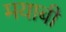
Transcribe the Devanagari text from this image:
मयाबी